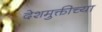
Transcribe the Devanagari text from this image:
देशमुक्तीच्या